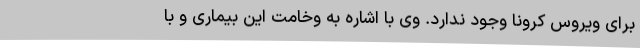
برای ویروس کرونا وجود ندارد. وی با اشاره به وخامت این بیماری و با